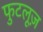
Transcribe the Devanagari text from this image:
फुटलूज़